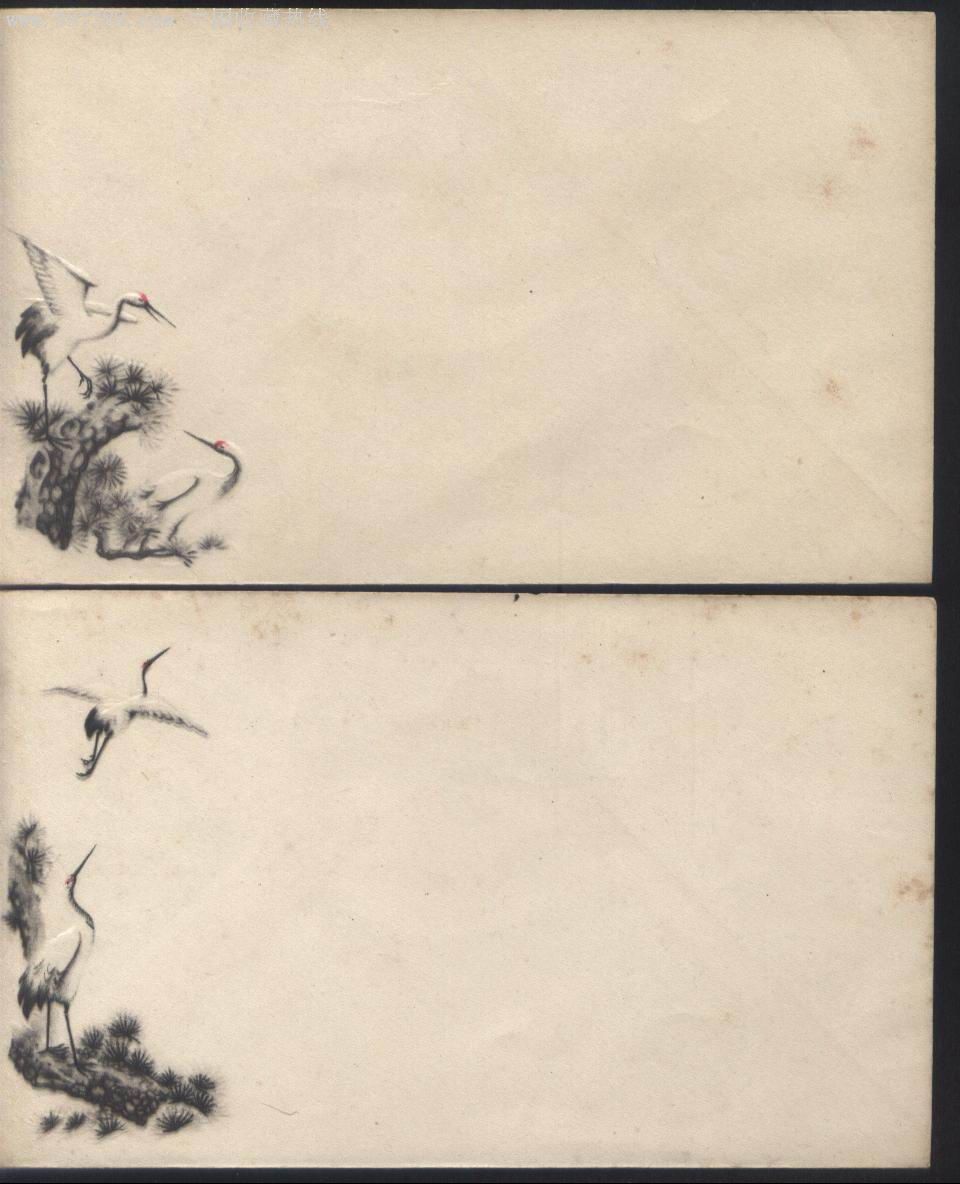
可怜报国无路，空白一分头。